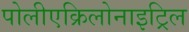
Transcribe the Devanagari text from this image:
पोलीएक्रिलोनाइट्रिल